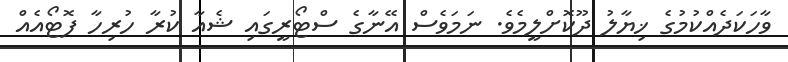
ވާހަކަދެއްކުމުގެ ޚިޔާލު ދޫކޮށްލީމެވެ. ނަމަވެސް އޭނާގެ ސްޓޯރީގައި ޝެއާ ކުރާ ހުރިހާ ފޮޓޯއެއް